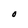
Character: O